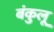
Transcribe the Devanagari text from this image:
बंकुलू